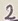
Text: 2